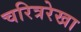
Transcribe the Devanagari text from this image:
चरित्ररेखा